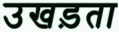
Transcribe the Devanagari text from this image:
उखड़ता